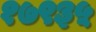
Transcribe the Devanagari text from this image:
१७९३५